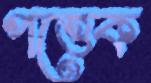
পত্তেক